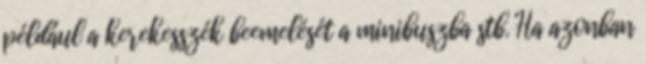
például a kerekesszék beemelését a minibuszba stb. Ha azonban